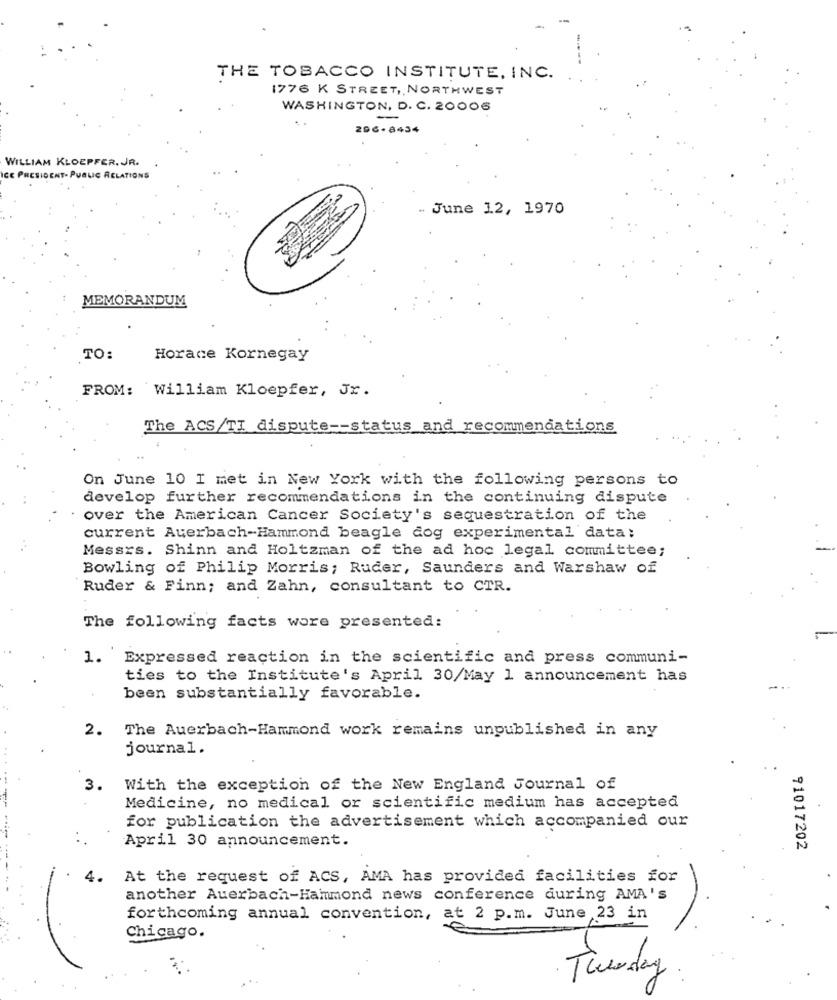
THE TOBACCO INSTITUTE, INC.
1776 K STREET, NORTHWEST
WASHINGTON, D. C. 20006
-
296-8434
WILLIAM KLOEPFER. JR.
- PUBLIC RELATIONS
June 12, 1970
MEMORANDUM
TO:
Horace Kornegay
FROM: William Kloepfer, Jr.
The ACS/TI dispute -- status and recommendations
On June 10 I met in New York with the following persons to
develop further recommendations in the continuing dispute
over the American Cancer Society's sequestration of the
current Auerbach-Hammond beagle dog experimental data:
Messrs. Shinn and Holtzman of the ad hoc legal committee;
Bowling of Philip Morris; Ruder, Saunders and Warshaw of
Ruder & Finn; and Zahn, consultant to CTR.
The following facts wore presented:
1. Expressed reaction in the scientific and press communi-
ties to the Institute's April 30/May 1 announcement has
been substantially favorable.
2. The Auerbach-Hammond work remains unpublished in any
journal.
3.
With the exception of the New England Journal of
Medicine, no medical or scientific medium has accepted
for publication the advertisement which accompanied our
April 30 announcement.
91017202
4.
At the request of ACS, AMA has provided facilities for
another Auerbach-Hammond news conference during AMA's
forthcoming annual convention, at 2 p.m. June 23 in
Chicago.
Tuesday